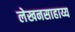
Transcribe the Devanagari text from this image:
लेखनसाहाय्य